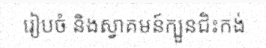
រៀបចំ និងស្វាគមន៍ក្បួនជិះកង់